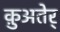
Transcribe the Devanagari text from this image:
क़ुअतेर्